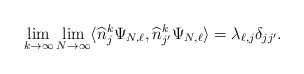
\begin{align*}\lim_{k \to \infty} \lim_{N\to \infty} \langle \widehat n_j ^k \Psi_{N,\ell}, \widehat n_{j'} ^k \Psi_{N,\ell} \rangle = \lambda_{\ell,j} \delta_{jj'} . \end{align*}